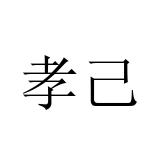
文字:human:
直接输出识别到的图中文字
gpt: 孝己